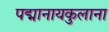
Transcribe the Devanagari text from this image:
पद्मानायकुलाना